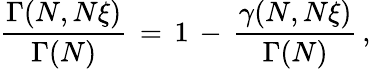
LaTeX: \begin{array}{l}{\displaystyle\frac{\Gamma(N,N\xi)}{\Gamma(N)}\, =\, 1\, -\, \frac{\gamma(N,N\xi)}{\Gamma(N)}\, ,}\end{array}